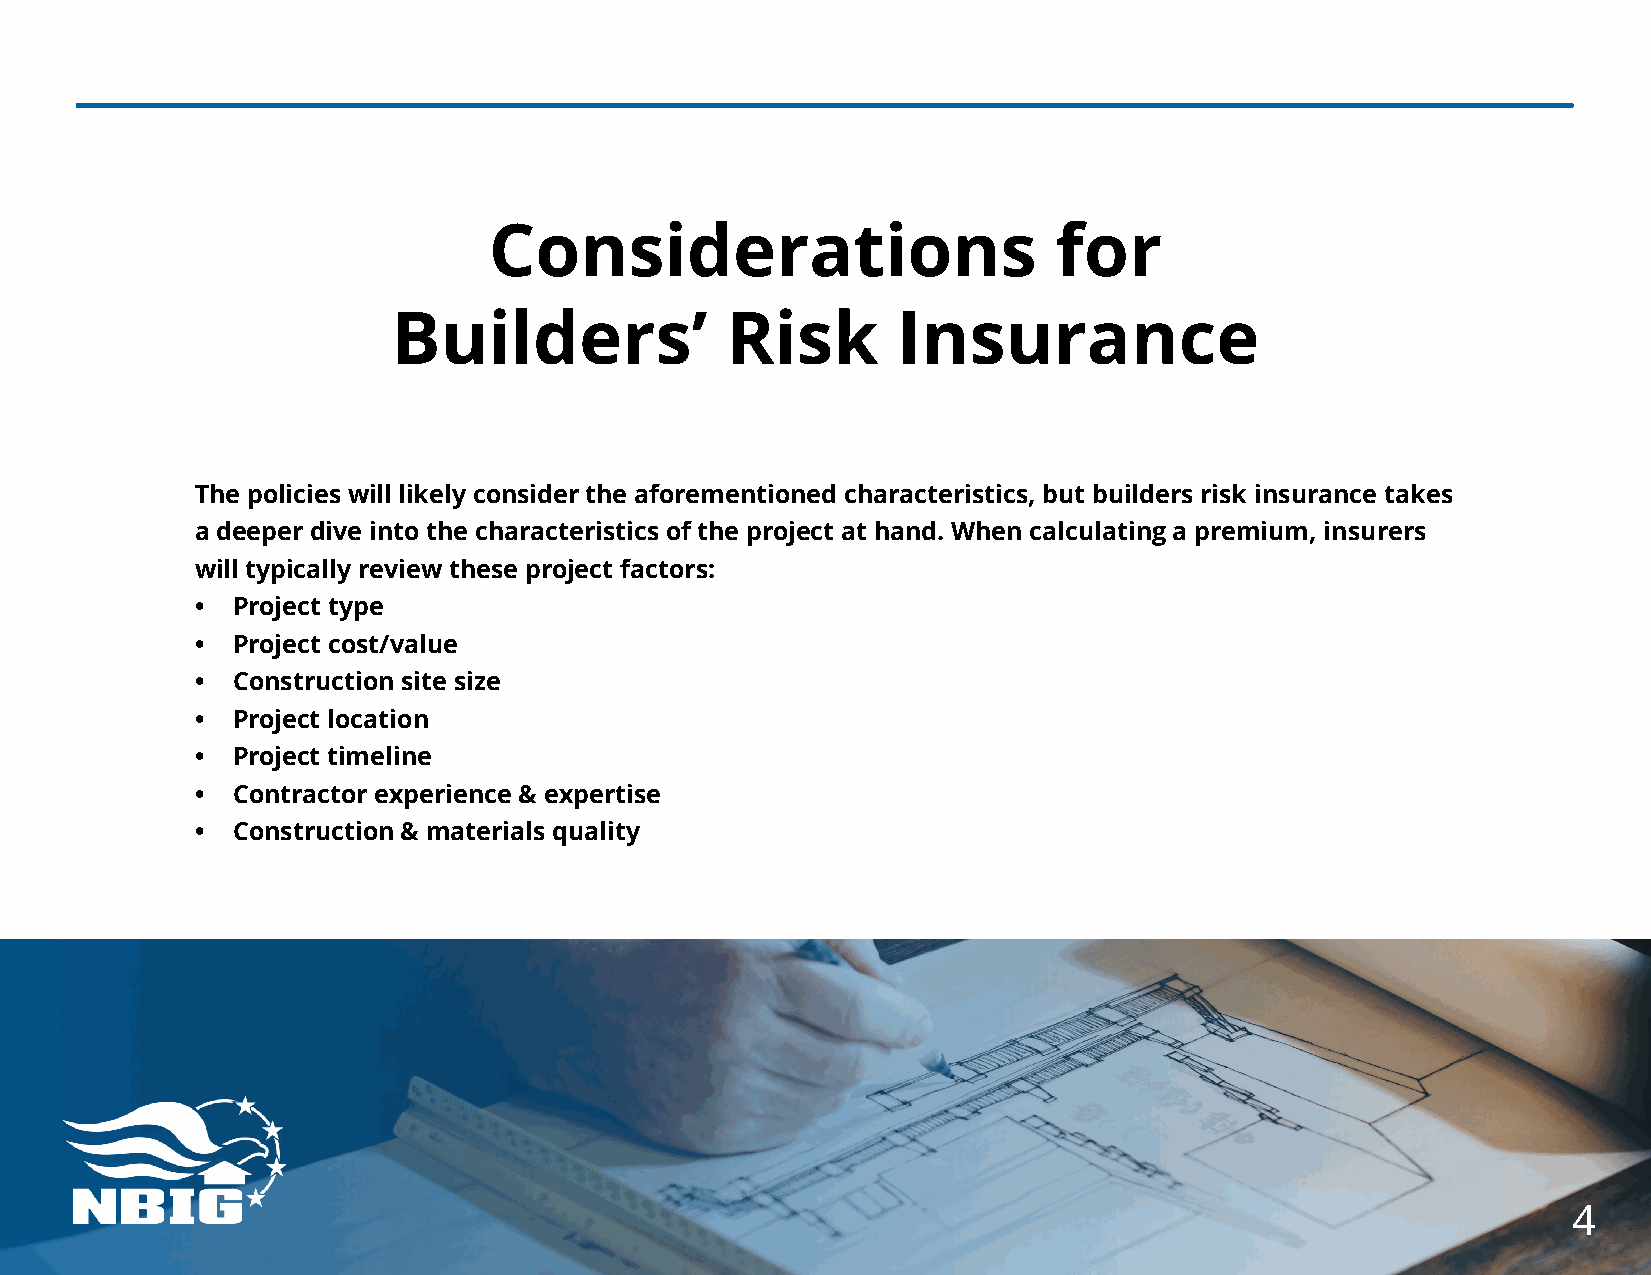
Considerations                        for
 Builders’             Risk       Insurance
 The policies will likely consider the aforementioned characteristics, but builders risk insurance takes
 a deeper dive into the characteristics of the project at hand. When calculating a premium, insurers
 will typically review these project factors:
 • Project type
 • Project cost/value
 • Construction site size
 • Project location
 • Project timeline
 • Contractor experience & expertise
 • Construction & materials quality
 4